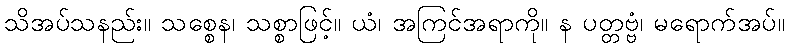
သိအပ်သနည်း။ သစ္စေန၊ သစ္စာဖြင့်။ ယံ၊ အကြင်အရာကို။ န ပတ္တဗ္ဗံ၊ မရောက်အပ်။